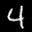
Label: 4